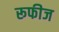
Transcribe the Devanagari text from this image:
रूफीज